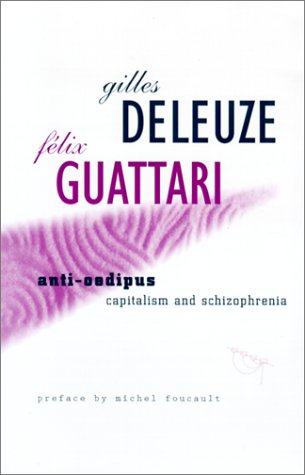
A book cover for Anti-Oedipus: Capitalism and Schizophrenia; Gilles Deleuze; Health, Fitness & Dieting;